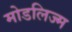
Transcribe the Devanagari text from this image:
मोडलिज्म